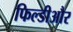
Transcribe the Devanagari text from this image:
फिल्डीऔर